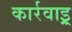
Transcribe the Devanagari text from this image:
कार्रवाइ्र्र